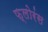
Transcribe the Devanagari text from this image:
फ्लोरंस